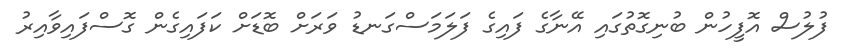
ފުލުސް އޮފީހުން ބުނިގޮތުގައި އޭނާގެ ފައިގެ ފަލަމަސްގަނޑު ވަރަށް ބޮޑަށް ކަފައިގެން ގޮސްފައިވާއިރު